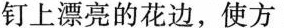
钉上漂亮的花边，使方